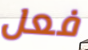
فعل